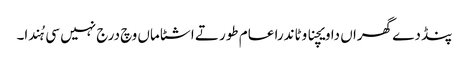
پنڈ دے گھراں دا ویچنا وٹاندرا عام طور تے اشٹاماں وچ درج نہیں سی ہُندا۔